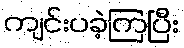
ကျင်းပခဲ့ကြပြီး